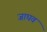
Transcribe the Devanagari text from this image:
जाघव